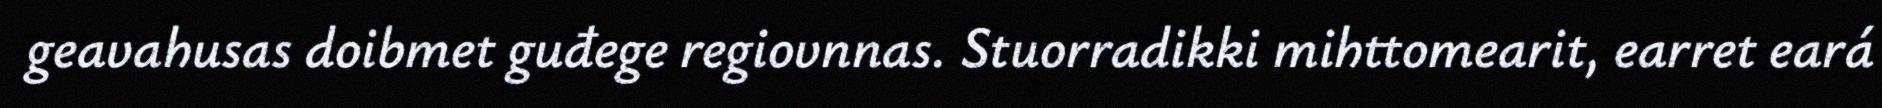
geavahusas doibmet guđege regiovnnas. Stuorradikki mihttomearit, earret eará